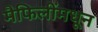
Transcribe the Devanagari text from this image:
मैफिलींमधून